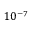
1 0 ^ { - 7 }